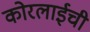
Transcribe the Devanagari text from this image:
कोरलाईची